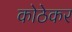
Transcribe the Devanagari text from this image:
कोठेकर